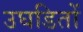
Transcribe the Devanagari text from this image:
उघडितों